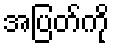
အပြတ်ကို